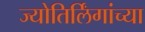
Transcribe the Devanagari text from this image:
ज्योतिर्लिंगांच्या